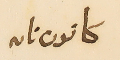
كانون تانه